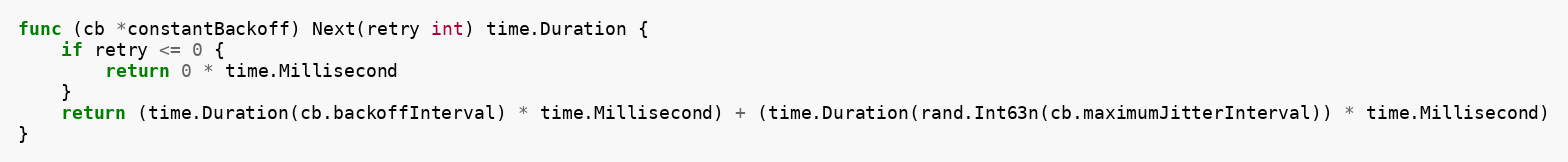
Language: Go
func (cb *constantBackoff) Next(retry int) time.Duration {
	if retry <= 0 {
		return 0 * time.Millisecond
	}
	return (time.Duration(cb.backoffInterval) * time.Millisecond) + (time.Duration(rand.Int63n(cb.maximumJitterInterval)) * time.Millisecond)
}